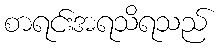
စာရင်းအရသိရသည်